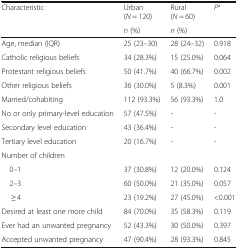
<table><thead><tr><td rowspan="2"><b>Characteristic</b></td><td><b>Urban (<i>N</i> = 120)</b></td><td><b>Rural (<i>N</i> = 60)</b></td><td rowspan="2"><b><i>P</i><sup>a</sup></b></td></tr><tr><td><b><i>n</i> (%)</b></td><td><b><i>n</i> (%)</b></td></tr></thead><tbody><tr><td>Age, median (IQR)</td><td>25 (23–30)</td><td>28 (24–32)</td><td>0.918</td></tr><tr><td>Catholic religious beliefs</td><td>34 (28.3%)</td><td>15 (25.0%)</td><td>0.064</td></tr><tr><td>Protestant religious beliefs</td><td>50 (41.7%)</td><td>40 (66.7%)</td><td>0.002</td></tr><tr><td>Other religious beliefs</td><td>36 (30.0%)</td><td>5 (8.3%)</td><td>0.001</td></tr><tr><td>Married/cohabiting</td><td>112 (93.3%)</td><td>56 (93.3%)</td><td>1.0</td></tr><tr><td>No or only primary-level education</td><td>57 (47.5%)</td><td>-</td><td>-</td></tr><tr><td>Secondary level education</td><td>43 (36.4%)</td><td>-</td><td>-</td></tr><tr><td>Tertiary level education</td><td>20 (16.7%)</td><td>-</td><td>-</td></tr><tr><td colspan="4">Number of children</td></tr><tr><td> 0–1</td><td>37 (30.8%)</td><td>12 (20.0%)</td><td>0.124</td></tr><tr><td> 2–3</td><td>60 (50.0%)</td><td>21 (35.0%)</td><td>0.057</td></tr><tr><td>≥ 4</td><td>23 (19.2%)</td><td>27 (45.0%)</td><td>&lt;0.001</td></tr><tr><td>Desired at least one more child</td><td>84 (70.0%)</td><td>35 (58.3%)</td><td>0.119</td></tr><tr><td>Ever had an unwanted pregnancy</td><td>52 (43.3%)</td><td>30 (50.0%)</td><td>0.397</td></tr><tr><td>Accepted unwanted pregnancy</td><td>47 (90.4%)</td><td>28 (93.3%)</td><td>0.845</td></tr></tbody></table>